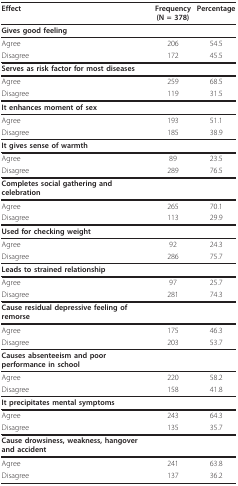
<table><thead><tr><td><b>Effect</b></td><td><b>Frequency(N = 378)</b></td><td><b>Percentage</b></td></tr></thead><tbody><tr><td><b>Gives good feeling</b></td><td></td><td></td></tr><tr><td>Agree</td><td>206</td><td>54.5</td></tr><tr><td>Disagree</td><td>172</td><td>45.5</td></tr><tr><td><b>Serves as risk factor for most diseases</b></td><td></td><td></td></tr><tr><td>Agree</td><td>259</td><td>68.5</td></tr><tr><td>Disagree</td><td>119</td><td>31.5</td></tr><tr><td><b>It enhances moment of sex</b></td><td></td><td></td></tr><tr><td>Agree</td><td>193</td><td>51.1</td></tr><tr><td>Disagree</td><td>185</td><td>38.9</td></tr><tr><td><b>It gives sense of warmth</b></td><td></td><td></td></tr><tr><td>Agree</td><td>89</td><td>23.5</td></tr><tr><td>Disagree</td><td>289</td><td>76.5</td></tr><tr><td><b>Completes social gathering and celebration</b></td><td></td><td></td></tr><tr><td>Agree</td><td>265</td><td>70.1</td></tr><tr><td>Disagree</td><td>113</td><td>29.9</td></tr><tr><td><b>Used for checking weight</b></td><td></td><td></td></tr><tr><td>Agree</td><td>92</td><td>24.3</td></tr><tr><td>Disagree</td><td>286</td><td>75.7</td></tr><tr><td><b>Leads to strained relationship</b></td><td></td><td></td></tr><tr><td>Agree</td><td>97</td><td>25.7</td></tr><tr><td>Disagree</td><td>281</td><td>74.3</td></tr><tr><td><b>Cause residual depressive feeling of remorse</b></td><td></td><td></td></tr><tr><td>Agree</td><td>175</td><td>46.3</td></tr><tr><td>Disagree</td><td>203</td><td>53.7</td></tr><tr><td><b>Causes absenteeism and poor performance in school</b></td><td></td><td></td></tr><tr><td>Agree</td><td>220</td><td>58.2</td></tr><tr><td>Disagree</td><td>158</td><td>41.8</td></tr><tr><td><b>It precipitates mental symptoms</b></td><td></td><td></td></tr><tr><td>Agree</td><td>243</td><td>64.3</td></tr><tr><td>Disagree</td><td>135</td><td>35.7</td></tr><tr><td><b>Cause drowsiness, weakness, hangover and accident</b></td><td></td><td></td></tr><tr><td>Agree</td><td>241</td><td>63.8</td></tr><tr><td>Disagree</td><td>137</td><td>36.2</td></tr></tbody></table>